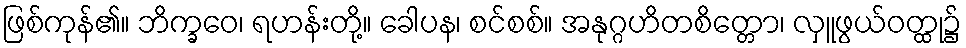
ဖြစ်ကုန်၏။ ဘိက္ခဝေ၊ ရဟန်းတို့။ ခေါပန၊ စင်စစ်။ အနုဂ္ဂဟိတစိတ္တော၊ လှူဖွယ်ဝတ္ထု၌